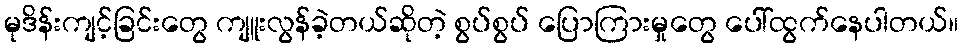
မုဒိန်းကျင့်ခြင်းတွေ ကျူးလွန်ခဲ့တယ်ဆိုတဲ့ စွပ်စွပ် ပြောကြားမှုတွေ ပေါ်ထွက်နေပါတယ်။